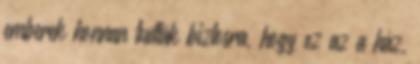
emberek honnan tudták biztosra, hogy ez az a ház,